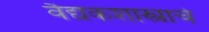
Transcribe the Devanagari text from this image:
वैद्यकशास्त्राचे